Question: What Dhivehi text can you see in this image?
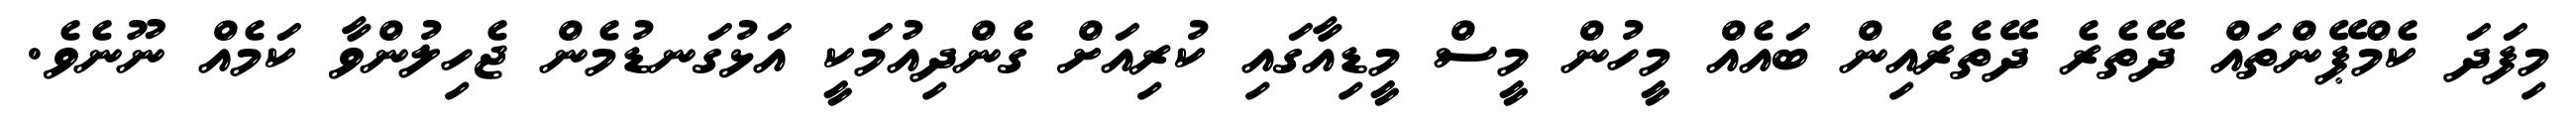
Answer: މިފަދަ ކެމްޕޭންތައް ދޭތެރެ ދޭތެރެއިން ބައެއް މީހުން މީސް މީޑިއާގައި ކުރިއަށް ގެންދިއުމަކީ އަޅުގަނޑުމެން ޖެހިލުންވާ ކަމެއް ނޫނެވެ.